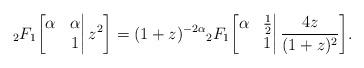
LaTeX: \begin{align*}{}_2F_1\bigg[\begin{matrix}\alpha&\alpha\\&1\end{matrix}\bigg|\,z^2\bigg]=(1+z)^{-2\alpha}{}_2F_1\bigg[\begin{matrix}\alpha&\frac12\\&1\end{matrix}\bigg|\,\frac{4z}{(1+z)^2}\bigg].\end{align*}